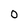
Character: 0